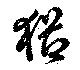
猶